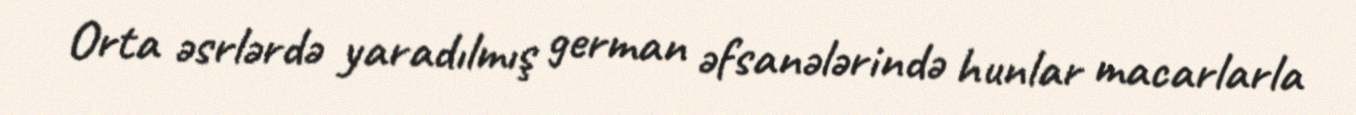
Orta əsrlərdə yaradılmış german əfsanələrində hunlar macarlarla